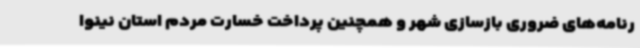
رنامه‌های ضروری بازسازی شهر و همچنین پرداخت خسارت مردم استان نینوا